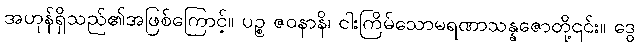
အဟုန်ရှိသည်၏အဖြစ်ကြောင့်။ ပဉ္စ ဇဝနာနိ၊ ငါးကြိမ်သောမရဏာသန္နဇောတို့၎င်း။ ဒွေ